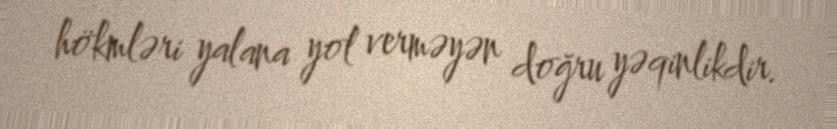
hökmləri yalana yol verməyən doğru yəqinlikdir.